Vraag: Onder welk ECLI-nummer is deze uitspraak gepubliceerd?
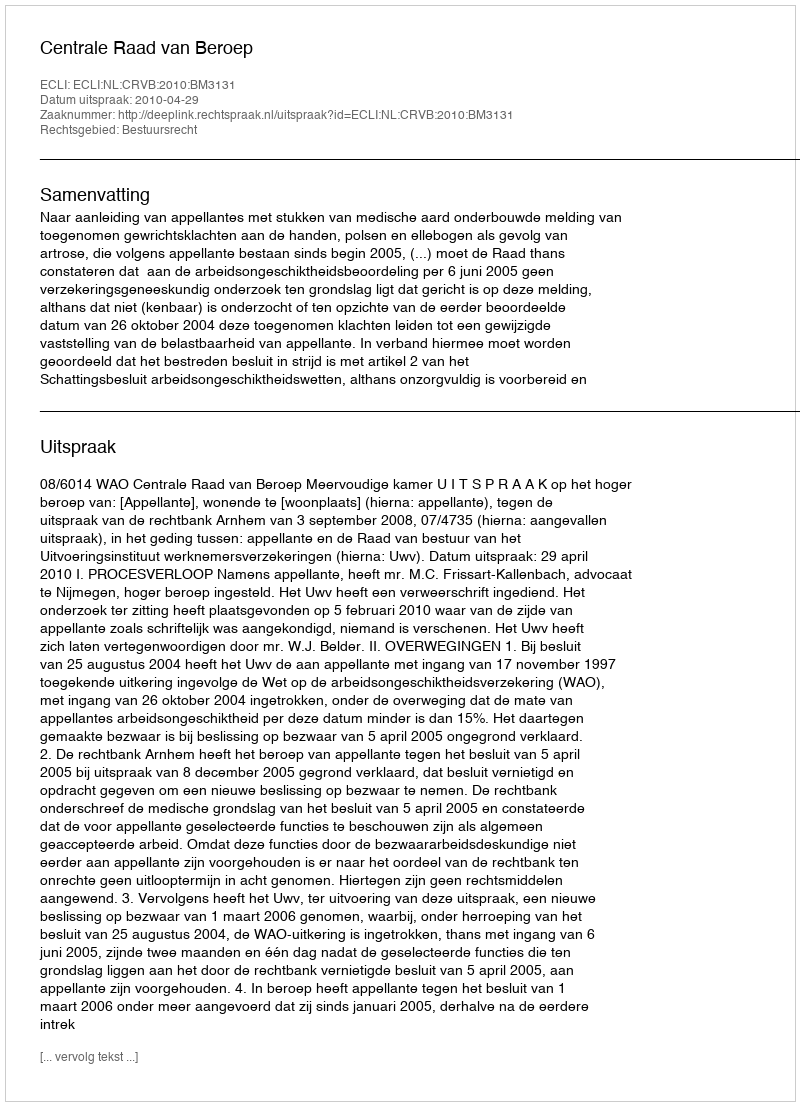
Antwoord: ECLI:NL:CRVB:2010:BM3131